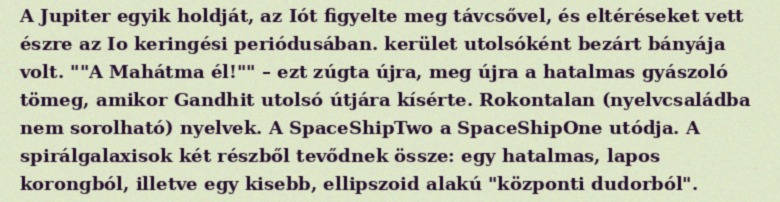
A Jupiter egyik holdját, az Iót figyelte meg távcsővel, és eltéréseket vett észre az Io keringési periódusában. kerület utolsóként bezárt bányája volt. ""A Mahátma él!"" – ezt zúgta újra, meg újra a hatalmas gyászoló tömeg, amikor Gandhit utolsó útjára kísérte. Rokontalan (nyelvcsaládba nem sorolható) nyelvek. A SpaceShipTwo a SpaceShipOne utódja. A spirálgalaxisok két részből tevődnek össze: egy hatalmas, lapos korongból, illetve egy kisebb, ellipszoid alakú "központi dudorból".